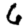
Digit: 6